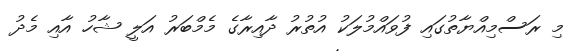
މި ރަސްމިއްޔާތުގައި ފުވައްމުލަކު އުތުރު ދާއިރާގެ މެމްބަރު އަލީ ޝާހު އާއި މެދު